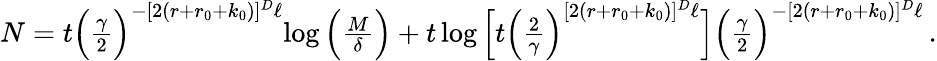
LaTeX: \begin{array}{r}{N=t\Big(\frac{\gamma}{2}\Big)^{-[2(r+r_{0}+k_{0})]^{D}\ell}{\log\Big(\frac{M}{\delta}\Big)+t\log\Big[t\Big(\frac{2}{\gamma}\Big)^{[2(r+r_{0}+k_{0})]^{D}\ell}\Big]}\Big(\frac{\gamma}{2}\Big)^{-[2(r+r_{0}+k_{0})]^{D}\ell}\, .}\end{array}